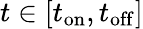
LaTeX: t\in[t_{\mathrm{on}},t_{\mathrm{off}}]